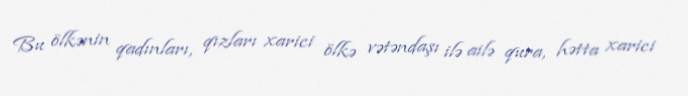
Bu ölkənin qadınları, qızları xarici ölkə vətəndaşı ilə ailə qura, hətta xarici